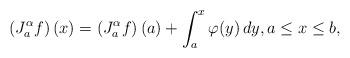
LaTeX: \begin{align*}\left(J_a^\alpha f\right)(x)=\left(J_a^\alpha f\right)(a)+\int_a^x \varphi(y)\,dy,a\leq x\leq b,\end{align*}